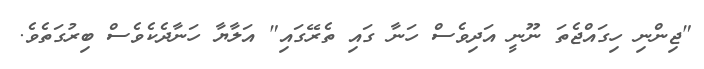
"ޖިންނި ހިގައްޖެތަ ނޫނީ އަދިވެސް ހަނާ ގައި ތެރޭގައި" އަލާޔާ ހަނާދެކެވެސް ބިރުގަތެވެ.